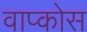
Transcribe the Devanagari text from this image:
वाप्कोस